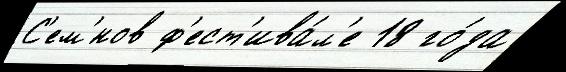
С'ем'́нов ф'ест'ива́л'е 18 го́да